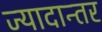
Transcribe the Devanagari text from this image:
ज्यादान्तर